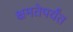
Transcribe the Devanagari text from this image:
क्षमतेपर्यंत